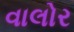
વાલોર